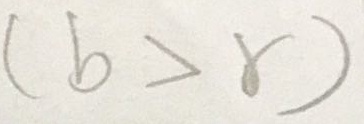
( b > r )